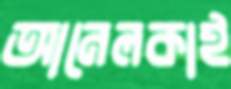
আনেলকাই